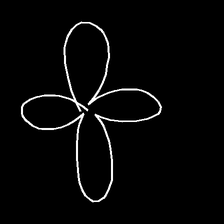
Glyph: billowing